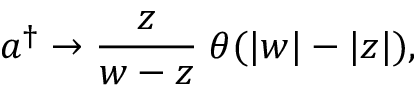
a ^ { \dagger } \rightarrow \frac z { w - z } \; \theta ( | w | - | z | ) ,